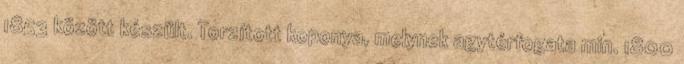
1853 között készült. Torzított koponya, melynek agytérfogata min. 1800